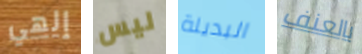
إلهي ليس البديلة بالعنف